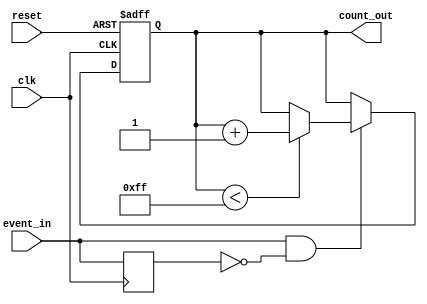
module event_triggered_counter (
    input wire clk,        // Clock signal
    input wire reset,      // Asynchronous reset signal
    input wire event_in,   // Event input signal
    output reg [7:0] count_out // Count value output (8 bits)
);

    // Internal signal for edge detection
    reg event_in_d; // Delayed version of event_in

    // Asynchronous reset for the counter
    always @(posedge clk or posedge reset) begin
        if (reset) begin
            count_out <= 8'b0; // Reset count to zero
        end else begin
            // Edge detection logic
            if (event_in && !event_in_d) begin
                // Increment count on rising edge of event_in
                if (count_out < 8'hFF) // Check for overflow
                    count_out <= count_out + 1;
                else
                    count_out <= count_out; // Maintain value on overflow
            end
        end
    end

    // Edge detection for the event signal
    always @(posedge clk) begin
        event_in_d <= event_in; // Delay event_in by one clock cycle
    end

endmodule